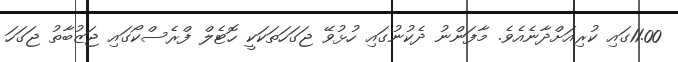
11.00ގައި ކުރިއަށްދާނެއެވެ. މާފަންނު ދެކުނުގައި ހުޅުވޭ ޖަގަހަަތަކަކީ ހޮޓެލް ފްރެސްކޯގައި ޖަޒުބާތު ޖަގަހަ